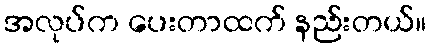
အလုပ်က ပေးတာထက် နည်းတယ်။